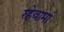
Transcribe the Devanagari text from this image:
रहेवामां